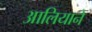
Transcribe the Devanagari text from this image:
आलियाने